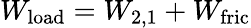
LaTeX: W_{\mathrm{load}}=W_{\mathrm{2,1}}+W_{\mathrm{fric}}